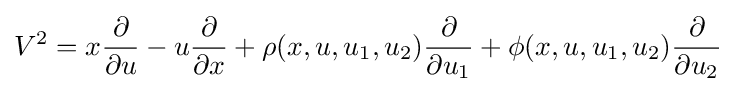
V^{2}=x{\frac {\partial }{\partial u}}-u{\frac {\partial }{\partial x}}+\rho (x,u,u_{1},u_{2}){\frac {\partial }{\partial u_{1}}}+\phi (x,u,u_{1},u_{2}){\frac {\partial }{\partial u_{2}}}